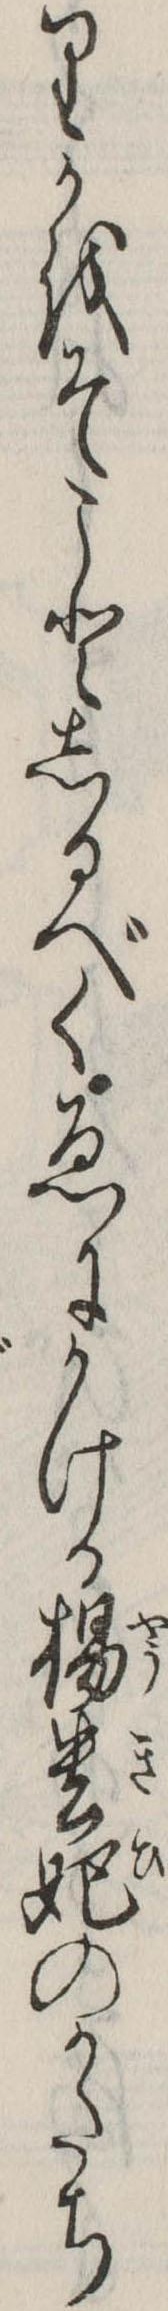
りかをそことしるべくゑにかける楊貴妃のかたち